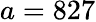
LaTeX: a=827